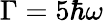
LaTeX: \Gamma=5\hbar\omega